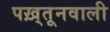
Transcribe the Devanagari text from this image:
पख़्तूनवाली